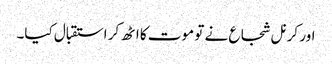
اور کرنل شجاع نے تو موت کا اٹھ کر استقبال کیا۔